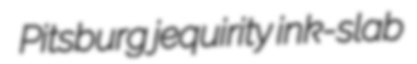
Pitsburg jequirity ink-slab